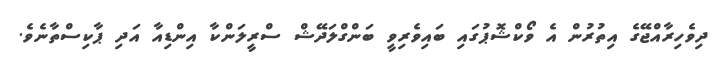
ދިވެހިރާއްޖޭގެ އިތުރުން އެ ވޯކްޝޮޕުގައި ބައިވެރިވީ ބަންގްލަދޭޝް ސްރީލަންކާ އިންޑިއާ އަދި ޕާކިސްތާނެވެ.